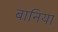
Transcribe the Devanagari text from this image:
बानिया